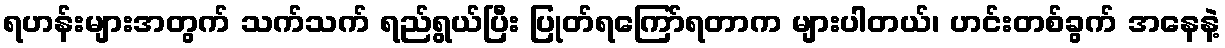
ရဟန်းများအတွက် သက်သက် ရည်ရွယ်ပြီး ပြုတ်ရကြော်ရတာက များပါတယ်၊ ဟင်းတစ်ခွက် အနေနဲ့